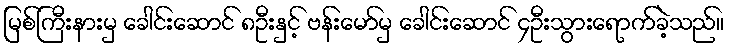
မြစ်ကြီးနားမှ ခေါင်းဆောင် ၈ဦးနှင့် ဗန်းမော်မှ ခေါင်းဆောင် ၄ဦးသွားရောက်ခဲ့သည်။